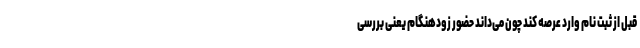
قبل از ثبت نام وارد عرصه کند چون می‌داند حضور زودهنگام یعنی بررسی